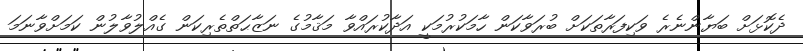
ދެކޮޅަށް ބަޔާންނެރެ ވަކިފަރާތަކަށް ބުރަވާކަން ހާމަކުރުމަކީ އަދާކުރައްވާ މަޤާމުގެ ނަޒާޙަތްތެރިކަން ގެއްލުވާލުން ކަމަށްވާނަމަ